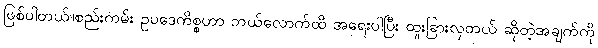
ဖြစ်ပါတယ်။စည်းကမ်း ဥပဒေကိစ္စဟာ ဘယ်လောက်ထိ အရေးပါပြီး ထူးခြားလှတယ် ဆိုတဲ့အချက်ကို